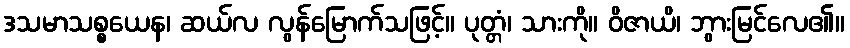
ဒသမာသစ္စယေန၊ ဆယ်လ လွန်မြောက်သဖြင့်။ ပုတ္တံ၊ သားကို။ ဝိဇာယိ၊ ဘွားမြင်လေ၏။